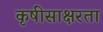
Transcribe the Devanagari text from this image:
कृषीसाक्षरता